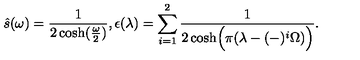
\hat { s } ( \omega ) = { \frac { 1 } { 2 \cosh ( { \frac { \omega } { 2 } } ) } } , \epsilon ( \lambda ) = \sum _ { i = 1 } ^ { 2 } { \frac { 1 } { 2 \cosh \Bigl ( \pi ( \lambda - ( - ) ^ { i } \Omega ) \Bigr ) } } .